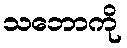
သဘောကို